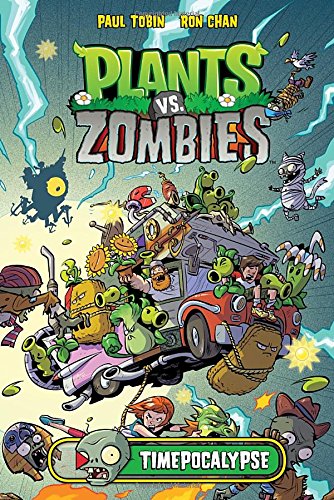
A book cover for Plants vs Zombies: Timepocalypse; Paul Tobin; Comics & Graphic Novels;